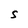
Character: S